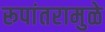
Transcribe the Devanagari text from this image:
रूपांतरामुळे